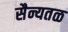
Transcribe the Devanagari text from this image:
सैन्यतळ